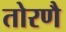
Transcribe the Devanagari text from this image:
तोरणै